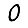
Digit: 0